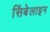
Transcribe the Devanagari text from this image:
सिंबेलाइन